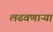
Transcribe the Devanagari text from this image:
लढवणाऱ्या